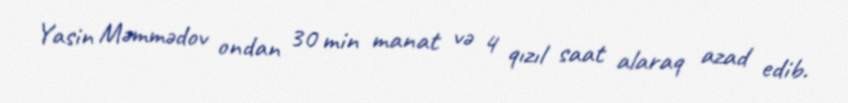
Yasin Məmmədov ondan 30 min manat və 4 qızıl saat alaraq azad edib.